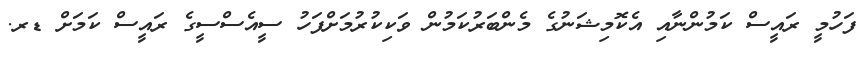
ފަހުމީ ރައީސް ކަމުންނާއި އެކޮމިޝަނުގެ މެންބަރުކަމުން ވަކިކުރުމަށްފަހު ސީއެސްސީގެ ރައީސް ކަމަށް ޑރ.